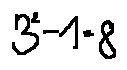
3 ^ { 2 } - 1 = 8